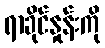
ရာခိုင်နှုန်းကို